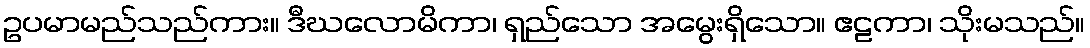
ဥပမာမည်သည်ကား။ ဒီဃလောမိကာ၊ ရှည်သော အမွေးရှိသော။ ဧဠကာ၊ သိုးမသည်။